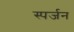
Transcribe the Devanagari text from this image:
स्पर्जन